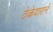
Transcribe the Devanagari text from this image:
ठेकेदाराने